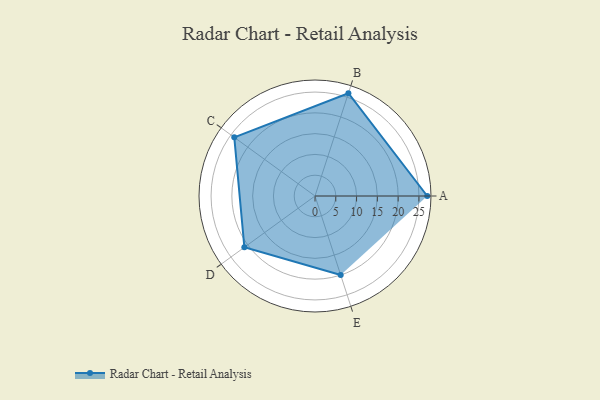
{"axis": {"x": "Skill", "y": "Score"}, "legend": ["Profile"], "data": [{"x": "A", "y": 27.0, "type": "Profile"}, {"x": "B", "y": 26.0, "type": "Profile"}, {"x": "C", "y": 24.0, "type": "Profile"}, {"x": "D", "y": 21.0, "type": "Profile"}, {"x": "E", "y": 20, "type": "Profile"}]}